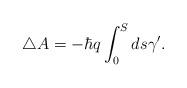
LaTeX: \begin{align*}\triangle A=-\hbar q\int_0^Sds\gamma ^{\prime }.\end{align*}